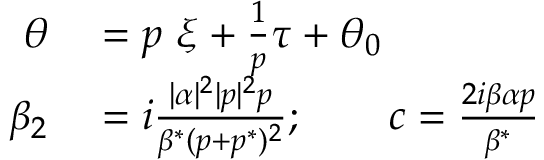
\begin{array} { r l } { \theta } & { { } = p \ \xi + \frac { 1 } { p } \tau + \theta _ { 0 } } \\ { \beta _ { 2 } } & { { } = i \frac { | \alpha | ^ { 2 } | p | ^ { 2 } p } { \beta ^ { * } ( p + p ^ { * } ) ^ { 2 } } ; \quad \quad c = \frac { 2 i \beta \alpha p } { \beta ^ { * } } } \end{array}